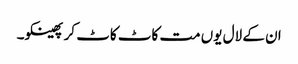
ان کے لال یوں مت کاٹ کاٹ کر پھینکو۔